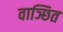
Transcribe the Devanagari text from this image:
वाञ्छित